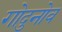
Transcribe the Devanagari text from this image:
गोदुनोव